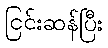
ငြင်းဆန်ပြီး